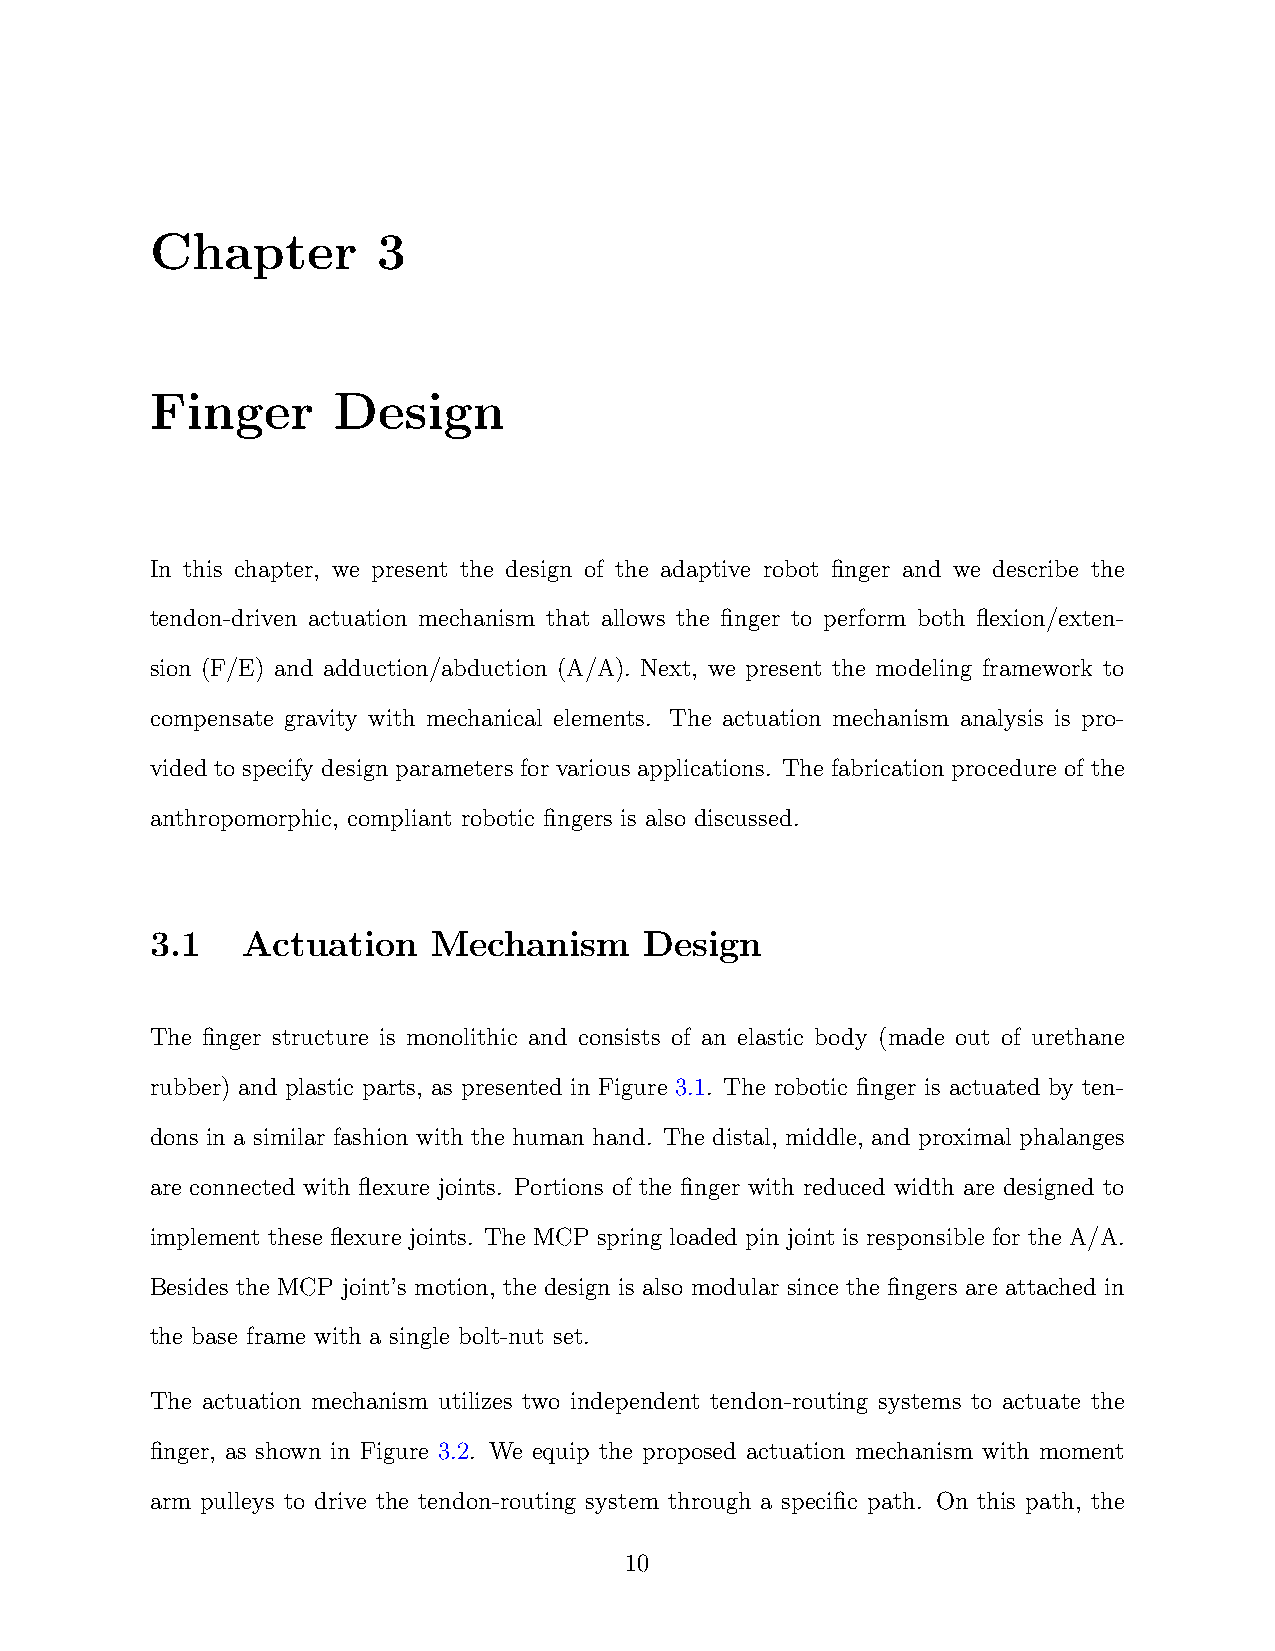
Chapter        3
 Finger      Design
 In this chapter, we present the design of the adaptive robot finger and we describe the
 tendon-driven actuation mechanism that allows the finger to perform both flexion/exten-
 sion (F/E) and adduction/abduction (A/A). Next, we present the modeling framework to
 compensate gravity with mechanical elements. The actuation mechanism analysis is pro-
 vided to specify design parameters for various applications. The fabrication procedure of the
 anthropomorphic, compliant robotic fingers is also discussed.
 3.1   Actuation    Mechanism     Design
 The finger structure is monolithic and consists of an elastic body (made out of urethane
 rubber) and plastic parts, as presented in Figure 3.1. The robotic finger is actuated by ten-
 dons in a similar fashion with the human hand. The distal, middle, and proximal phalanges
 are connected with flexure joints. Portions of the finger with reduced width are designed to
 implement these flexure joints. The MCP spring loaded pin joint is responsible for the A/A.
 Besides the MCP joint’s motion, the design is also modular since the fingers are attached in
 the base frame with a single bolt-nut set.
 The actuation mechanism utilizes two independent tendon-routing systems to actuate the
 finger, as shown in Figure 3.2. We equip the proposed actuation mechanism with moment
 arm pulleys to drive the tendon-routing system through a specific path. On this path, the
 10